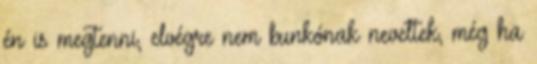
én is megtenni, elvégre nem bunkónak neveltek, még ha